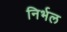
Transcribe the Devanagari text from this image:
निर्भल